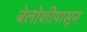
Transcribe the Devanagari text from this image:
बेलोशीपासून